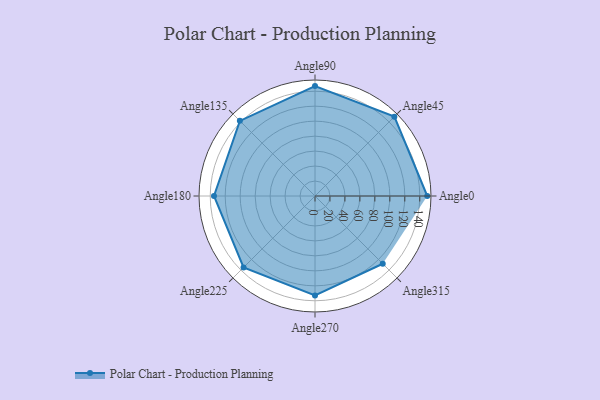
{"axis": {"x": "Angle", "y": "Radius"}, "legend": [""], "data": [{"x": "Angle0", "y": 150.0, "type": ""}, {"x": "Angle45", "y": 150.0, "type": ""}, {"x": "Angle90", "y": 147.0, "type": ""}, {"x": "Angle135", "y": 142.0, "type": ""}, {"x": "Angle180", "y": 135.0, "type": ""}, {"x": "Angle225", "y": 135.0, "type": ""}, {"x": "Angle270", "y": 133.0, "type": ""}, {"x": "Angle315", "y": 128.0, "type": ""}]}